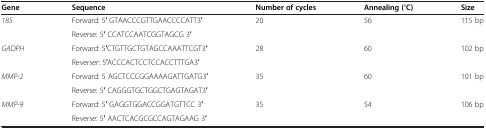
<table><thead><tr><td><b>Gene</b></td><td><b>Sequence</b></td><td><b>Number of cycles</b></td><td><b>Annealing (°C)</b></td><td><b>Size</b></td></tr></thead><tbody><tr><td rowspan="2"><i>18S</i></td><td>Forward: 5′ GTAACCCGTTGAACCCCATT3′</td><td rowspan="2">20</td><td rowspan="2">56</td><td rowspan="2">115 bp</td></tr><tr><td>Reverse: 5′ CCATCCAATCGGTAGCG 3′</td></tr><tr><td rowspan="2"><i>GADPH</i></td><td>Forward: 5′CTGTTGCTGTAGCCAAATTCGT3′</td><td rowspan="2">28</td><td rowspan="2">60</td><td rowspan="2">102 bp</td></tr><tr><td>Reverser: 5′ACCCACTCCTCCACCTTTGA3′</td></tr><tr><td rowspan="2"><i>MMP-2</i></td><td>Forward: 5 AGCTCCCGGAAAAGATTGATG3′</td><td rowspan="2">35</td><td rowspan="2">60</td><td rowspan="2">101 bp</td></tr><tr><td>Reverse: 5′ CAGGGTGCTGGCTGAGTAGAT3′</td></tr><tr><td rowspan="2"><i>MMP-9</i></td><td>Forward: 5′ GAGGTGGACCGGATGTTCC 3′</td><td rowspan="2">35</td><td rowspan="2">54</td><td rowspan="2">106 bp</td></tr><tr><td>Reverse: 5′ AACTCACGCGCCAGTAGAAG 3′</td></tr></tbody></table>